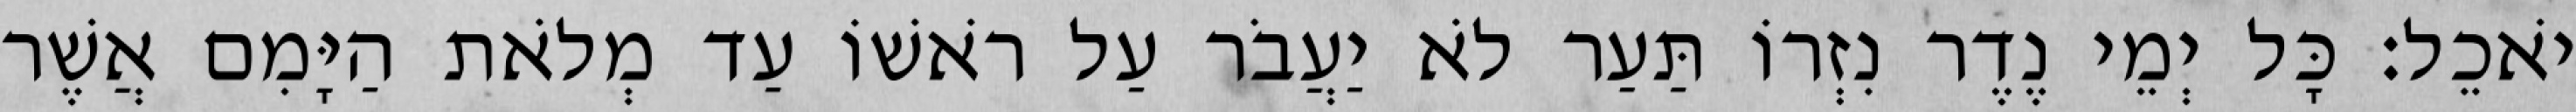
יֹאכֵל׃ כָּל יְמֵי נֶדֶר נִזְרוֹ תַּעַר לֹא יַעֲבֹר עַל רֹאשׁוֹ עַד מְלֹאת הַיָּמִם אֲשֶׁר